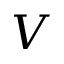
V